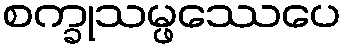
စက္ခုသမ္ဖဿေပေ